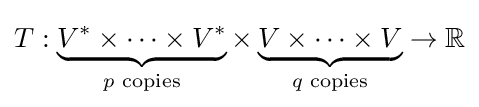
T:\underbrace {V^{*}\times \dots \times V^{*}} _{p{\text{ copies}}}\times \underbrace {V\times \dots \times V} _{q{\text{ copies}}}\rightarrow \mathbb {R}